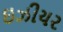
ઇઝીયર